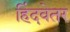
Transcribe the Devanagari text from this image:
हिंदवेतर